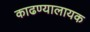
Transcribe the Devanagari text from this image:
काढण्यालायक